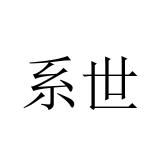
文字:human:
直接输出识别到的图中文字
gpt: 系世